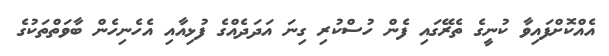
އެއްކޮށްފައިވާ ކުނީގެ ތެރޭގައި ފެން ހުސްކުރި ގިނަ އަދަދެއްގެ ފުޅިއާއި އެހެނިހެން ބާވަތްތަކުގެ